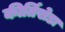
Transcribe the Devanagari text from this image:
कीर्तिखेडा